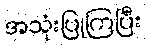
အသုံးပြုကြပြီး